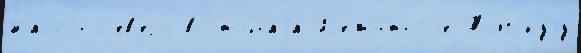
Иассон с'ев'еро-восто́чнаjа Р'емо́нтныjе Толгскуjу